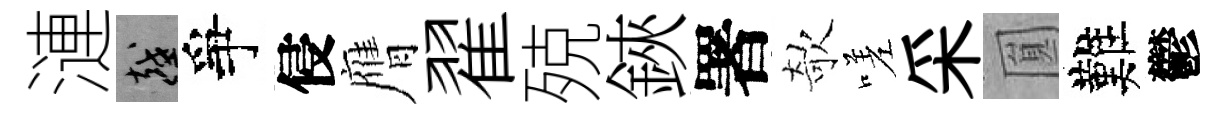
漣越爭侵膺翟殑鋏署欹嗟采圎難鬱